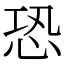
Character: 恐